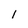
Character: 1